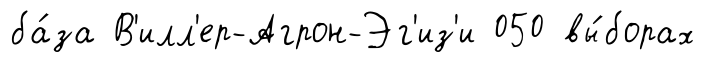
ба́за В'илл'ер-Агрон-Эг'из'и 050 вы́борах